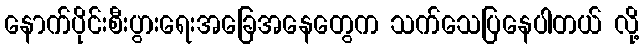
နောက်ပိုင်းစီးပွားရေးအခြေအနေတွေက သက်သေပြနေပါတယ် လို့